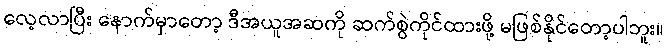
လေ့လာပြီး နောက်မှာတော့ ဒီအယူအဆကို ဆက်စွဲကိုင်ထားဖို့ မဖြစ်နိုင်တော့ပါဘူး။